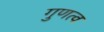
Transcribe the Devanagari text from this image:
गुणत्व